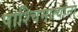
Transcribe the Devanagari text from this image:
पाश्चिमात्यांना